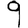
Digit: 9